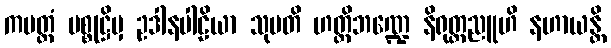
ကမတ္ထံ ပစ္စုဋ္ဌိမှ ဥဒါနပါဠိယာ သုပတိ ဟတ္ထိဘဏ္ဍေ နိရုတ္တညူဟိ နဟာယန္တိ